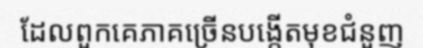
ដែលពួកគេភាគច្រើនបង្កើតមុខជំនួញ